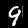
Digit: 9